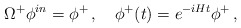
\begin{align*}\Omega^{+}\phi^{in}=\phi^{+}\, ,\quad\phi^{+}(t)=e^{-iHt}\phi^{+}\, ,\end{align*}